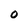
Character: 0